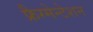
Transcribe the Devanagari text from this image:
फ्रैग्मेन्टेशन